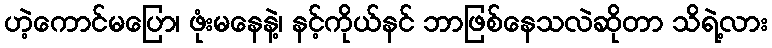
ဟဲ့ကောင်မပြော၊ ဖုံးမနေနဲ့၊ နင့်ကိုယ်နင် ဘာဖြစ်နေသလဲဆိုတာ သိရဲ့လား